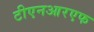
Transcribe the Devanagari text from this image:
टीएनआरएफ